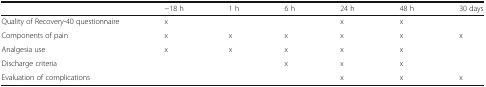
<table><thead><tr><td></td><td><b>−18 h</b></td><td><b>1 h</b></td><td><b>6 h</b></td><td><b>24 h</b></td><td><b>48 h</b></td><td><b>30 days</b></td></tr></thead><tbody><tr><td>Quality of Recovery-40 questionnaire</td><td>x</td><td></td><td></td><td>x</td><td>x</td><td></td></tr><tr><td>Components of pain</td><td>x</td><td>x</td><td>x</td><td>x</td><td>x</td><td>x</td></tr><tr><td>Analgesia use</td><td>x</td><td>x</td><td>x</td><td>x</td><td>x</td><td></td></tr><tr><td>Discharge criteria</td><td></td><td></td><td>x</td><td>x</td><td>x</td><td></td></tr><tr><td>Evaluation of complications</td><td></td><td></td><td></td><td>x</td><td>x</td><td>x</td></tr></tbody></table>